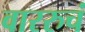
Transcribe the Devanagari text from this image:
वाररुचं